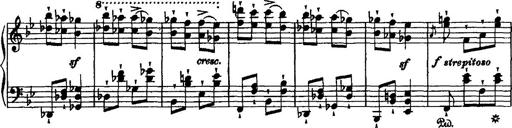
Title: Grande valse di bravura
Composer: Franz Liszt